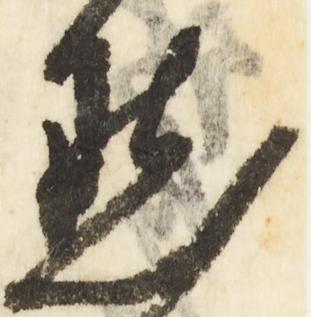
点